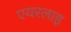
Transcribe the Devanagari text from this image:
एयरलाइ